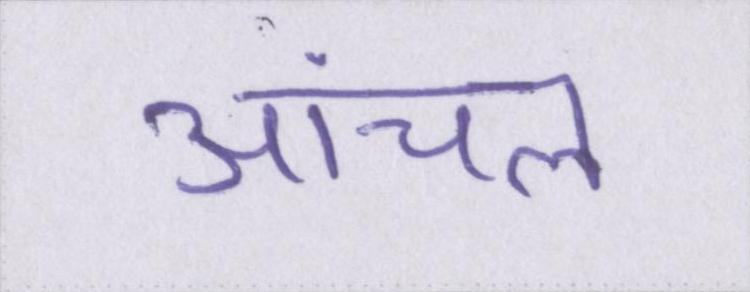
आंचल